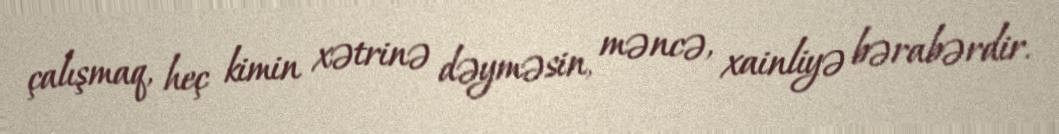
çalışmaq, heç kimin xətrinə dəyməsin, məncə, xainliyə bərabərdir.